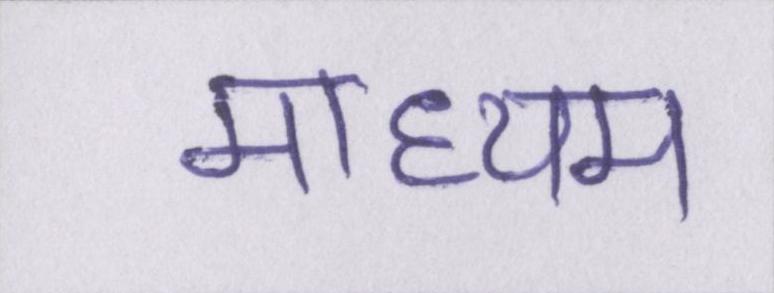
माध्यम